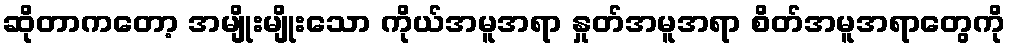
ဆိုတာကတော့ အမျိုးမျိုးသော ကိုယ်အမူအရာ နှုတ်အမူအရာ စိတ်အမူအရာတွေကို